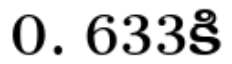
0. 633కి